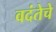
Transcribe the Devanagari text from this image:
वदंतेचे